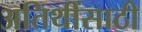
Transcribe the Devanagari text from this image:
अतिथींसाठी